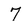
Character: 7